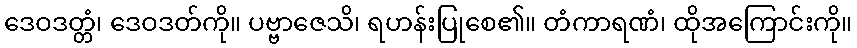
ဒေဝဒတ္တံ၊ ဒေဝဒတ်ကို။ ပဗ္ဗာဇေသိ၊ ရဟန်းပြုစေ၏။ တံကာရဏံ၊ ထိုအကြောင်းကို။